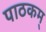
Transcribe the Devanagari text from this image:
पाठकम्